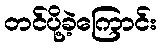
တင်ပို့ခဲ့ကြောင်း